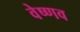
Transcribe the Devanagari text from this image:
वेष्णव